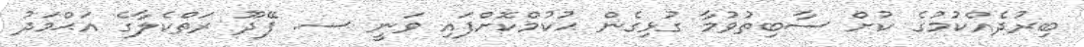
ބިރުދެއްކުމުގެ ކުށް ސާބިތުވުމާ ގުޅިގެން ޙުކުމްކޮށްފައި ވަނީ ސ. ފޭދޫ ރަތްކެލާގެ އަޙްމަދު